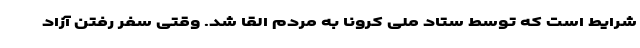
شرایط است که توسط ستاد ملی کرونا به مردم القا شد. وقتی سفر رفتن آزاد